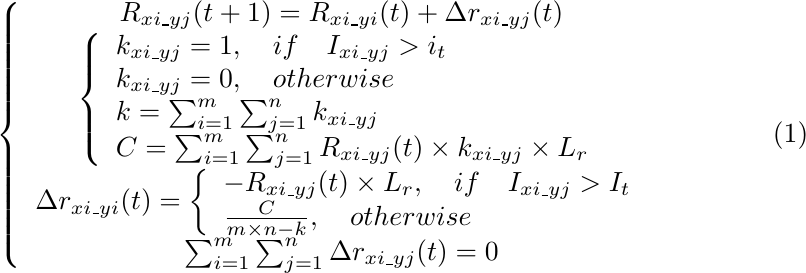
\begin{equation}
\left\{
    \begin{array}{c}R_{xi\_yj}(t+1)=R_{xi\_yi}(t)+\Delta r_{xi\_yj}(t)\\
    \left\{
        \begin{array}{l} k_{xi\_yj}=1, \quad if\quad I_{xi\_yj}>i_t\\
        k_{xi\_yj}=0, \quad otherwise\\
        k=\sum_{i=1}^{m} \sum_{j=1}^{n} k_{xi\_yj} \\
        C=\sum_{i=1}^{m} \sum_{j=1}^{n} R_{xi\_yj}(t)\times k_{xi\_yj}\times L_r
        \end{array}
    \right.\\
    \Delta r_{xi\_yi}(t)=
    \left\{
        \begin{array}{l} -R_{xi\_yj}(t)\times L_r, \quad if\quad I_{xi\_yj}>I_t\\
        \frac{C}{m\times n-k} , \quad otherwise
        \end{array}
    \right.\\
    \sum_{i=1}^{m} \sum_{j=1}^{n} \Delta r_{xi\_yj}(t)=0
    \end{array}
\right.
\end{equation}